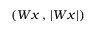
( W x \, , \, | W x | )